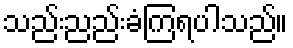
သည်းညည်းခံကြရပါသည်။